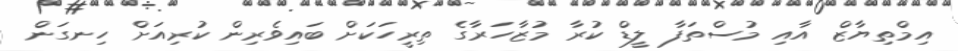
އިމްތިޔާޒް އާއި މުސްތަފާ ލީޑް ކުރާ މުޒާހަރާގެ ތިރީހަކަށް ބައިވެރިން ކުރިއަށް ހިނގަން